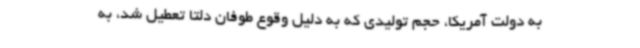
به دولت آمریکا، حجم تولیدی که به دلیل وقوع طوفان دلتا تعطیل شد، به